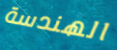
الهندسة